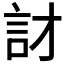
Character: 𲁡